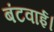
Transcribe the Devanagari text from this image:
बंटवाई।